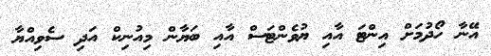
އޭނާ ހޯދުމަށް އިންޓަ އާއި ޔުވެންޓަސް އާއި ބަޔާން މިއުނިކް އަދި ސެވިއްޔާ